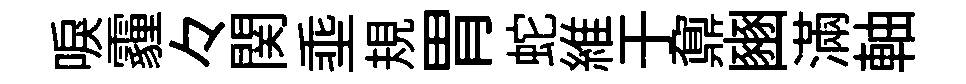
唳霾々関埀規胃蛇維于鼐豳滿軸